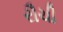
રૌચી